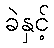
ခဲနှင့်